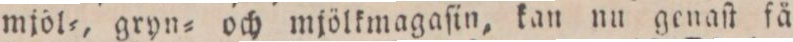
mjöl=, gryn= och mjölkmagaſin, kan nu genaſt få